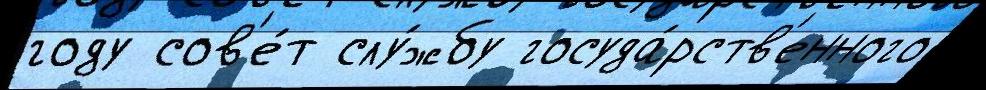
году сов'е́т слу́жбу госуда́рств'енного